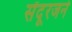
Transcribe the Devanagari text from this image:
सेंदूरजने